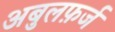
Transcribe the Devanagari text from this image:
अबुलफ़र्ज